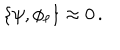
\left\{ \psi , \phi _ { \ell } \right\} \approx 0 \, .